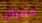
مايزال